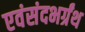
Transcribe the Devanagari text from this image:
एवंसंदभर्ग्रंथ